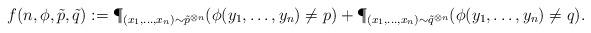
LaTeX: \begin{align*}f(n, \phi, \tilde{p}, \tilde{q}) := \P_{(x_1,\dots,x_n) \sim \tilde{p}^{\otimes n}}( \phi(y_1,\dots,y_n) \ne p) + \P_{(x_1,\dots,x_n) \sim \tilde{q}^{\otimes n}}( \phi(y_1,\dots,y_n) \ne q).\end{align*}